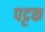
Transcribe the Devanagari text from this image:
पट्टक